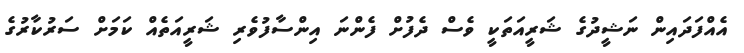
އެއްފަދައިން ނަޝީދުގެ ޝަރީއަތަކީ ވެސް ދެފުށް ފެންނަ އިންސާފުވެރި ޝަރީއަތެއް ކަމަށް ސަރުކާރުގެ